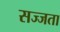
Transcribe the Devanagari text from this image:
सज्जता